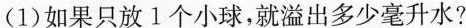
(1)如果只放1个小球，就溢出多少毫升水?